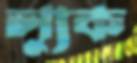
ল্যুক